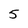
Character: 5